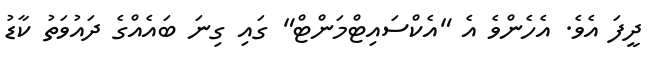
ދީފަ އެވެ. އެހެންވެ އެ "އެކްސައިޓްމަންޓް" ގައި ގިނަ ބައެއްގެ ދައުވަތު ކާޑު